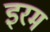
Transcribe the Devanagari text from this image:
इरम